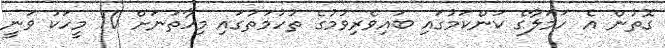
ގޮތުން އެ ހަމަލާގެ ކަންކަމުގައި ބައިވެރިވުމުގެ ތުހުމަތުގައި މިހާތަނަށް 10 މީހަކު ވަނީ